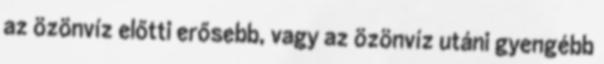
az özönvíz előtti erősebb, vagy az özönvíz utáni gyengébb